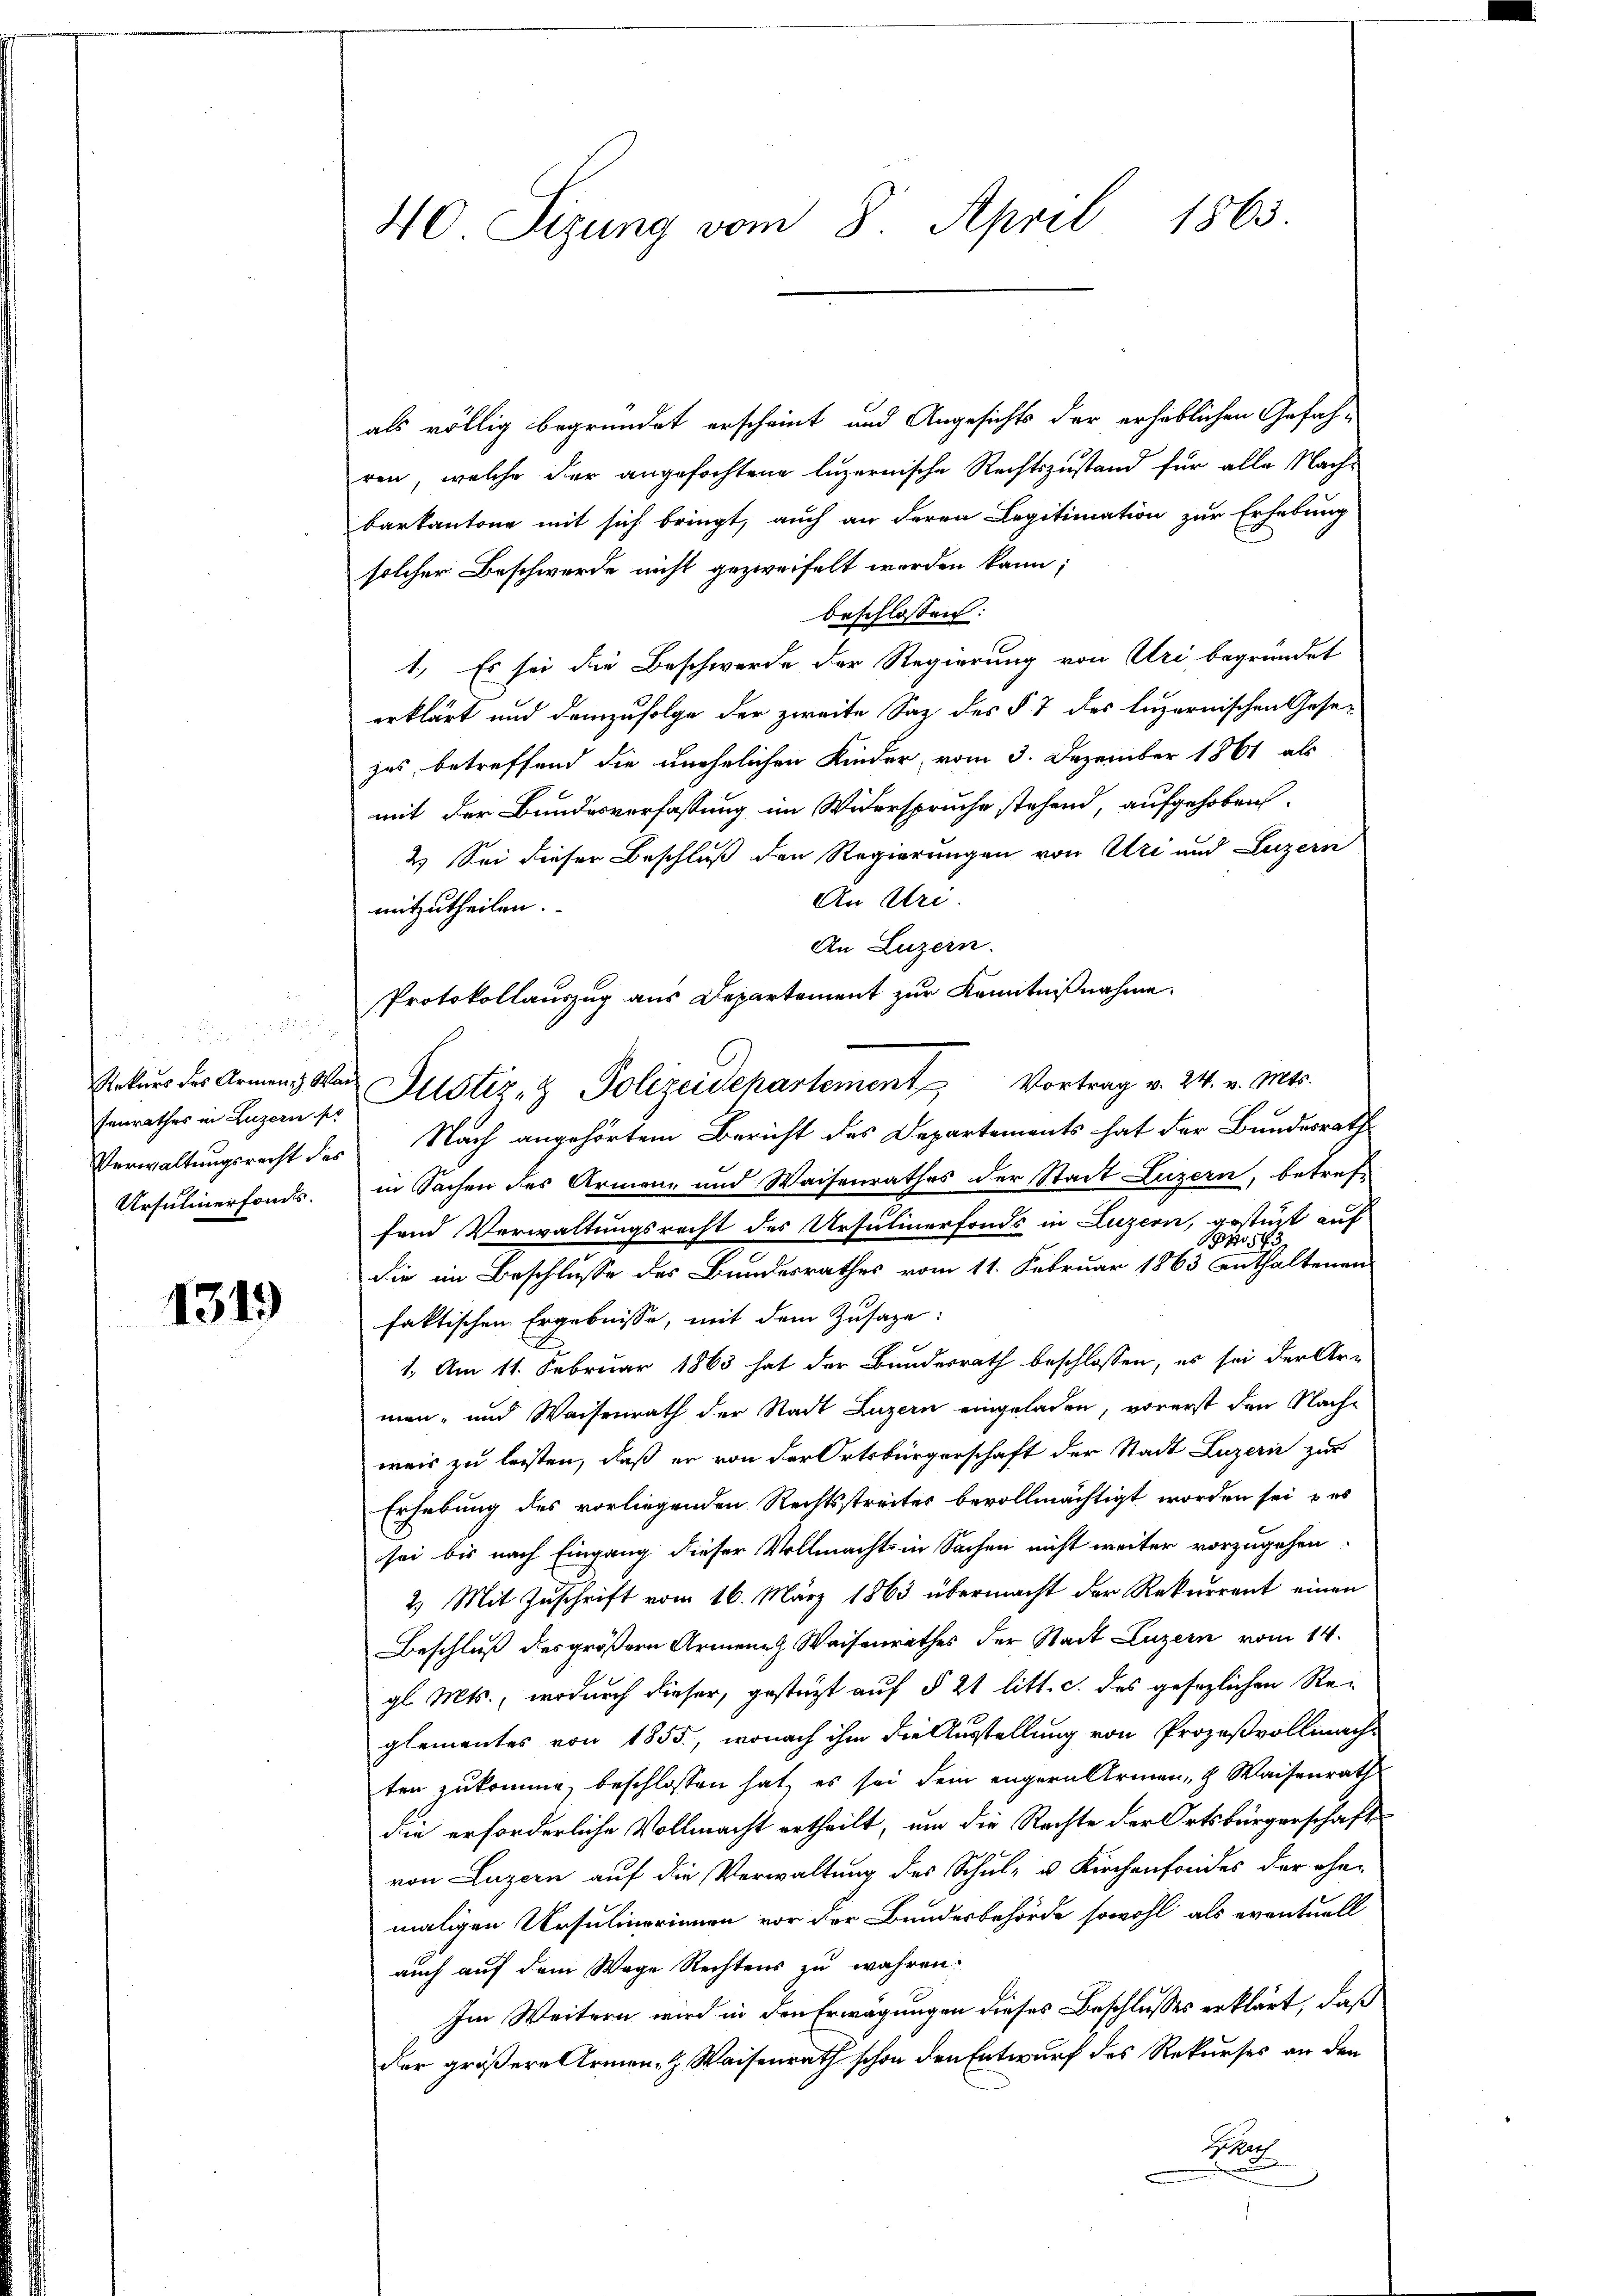
F
senrathes in Luzern pr
Ursulinerfants.

1319

40 Sizung vom 8. April 1863.

als völlig begründet erscheint und Angesichts der erheblichen Gefah-
ren, welche der angefochtene luzernische Rechtszustand für alle Nachkarkantone mit sich bringt, auch an deren Legitimation zur Erhebung
solcher Beschwerde nicht gezweifelt werden kann;
beschlossen:
1. Es sei die Beschwerde der Regierung von Uri begründet
erklärt und demzufolge der zweite Saz des § 7 des luzernischen Gesezes, betreffend die unehelichen Kinder, vom 3. Dezember 1861 als
mit der Bundesverfassung im Widerspruche stehend, aufgehoben.
2.) Sei dieser Beschluß den Regierungen von Uri und Luzern
An Uri.
mitzutheilen.
An Luzern.
Verwaltungsrecht des Nach angehörtem Bericht des Departements hat der Bundesrath
in Sachen des Armen- und Waisenrathes der Stadt Luzern, betref-
fend Verwaltungsrecht des Ursulinerfonds in Luzern, gestützt auf
die in Beschlusse des Bundesrathes vom 11. Februar 1863 enthaltenen
faktischen Ergebnisse, mit dem Zusage:
1. Am 11. Februar 1863 hat der Bundesrath beschlossen, es sei der Ar-
men- und Waisenrath der Stadt Luzern eingeladen, vorerst den Nachweis zu leisten, daß er von der Ortsbürgerschaft der Stadt Luzern zur
Erhebung des vorliegenden Rechtsstreites bevollmächtigt worden sei u es
sei bis nach Eingang dieser Vollmacht in Sachen nicht weiter vorzugehen
2.) Mit Zuschrift vom 16. März 1863 übermacht der Rekurrent einen
Beschluß des größern Armenach Waisenrathes der Stadt Luzern vom 14.
gl. Mts., wodurch dieser, gestützt auf § 21 litt. c. des gesezlichen Reglementes von 1855, wonach ihm die Ausstellung von Prozeßvollmache
ten zukomme, beschlossen hat, es sei dein engern Armen, Waisenrath
die erforderliche Vollmacht ertheilt, um die Rechte der Ortsbürgerschaft
von Luzern auf die Verwaltung des Schul- u. Kirchenfordes der ehe-
maligen Ursulinerinnen vor der Bundesbehörde sowohl als eventuell
auch auf dem Wege Rechtens zu wahren:
Im Weitern wird in den Erwägungen dieses Beschlusses erklärt, daß
der größere Armen- & Waisenrath schon den Entwurf des Rekurses an den
Bibel
u

Protokollauszug aus Departement zur Kenntnißnahme.
Rekurs des Armen War Justiz- & Polizeidepartement Vortrag v. 24. v. Mts.